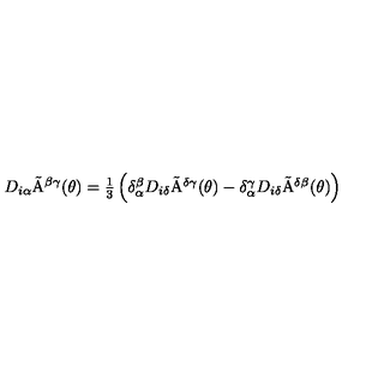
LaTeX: D _ { i \alpha } \tilde { \mathrm { A } } ^ { \beta \gamma } ( \theta ) = \textstyle { \frac { 1 } { 3 } } \left( \delta _ { \alpha } ^ { \beta } D _ { i \delta } \tilde { \mathrm { A } } ^ { \delta \gamma } ( \theta ) - \delta _ { \alpha } ^ { \gamma } D _ { i \delta } \tilde { \mathrm { A } } ^ { \delta \beta } ( \theta ) \right)